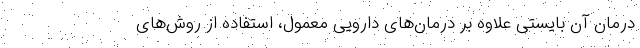
درمان آن بایستی علاوه بر درمان‌های دارویی معمول، استفاده از روش‌های